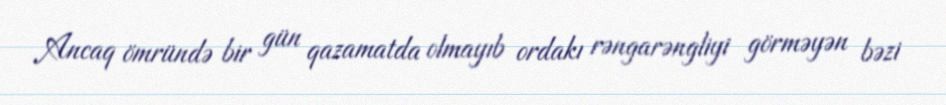
Ancaq ömründə bir gün qazamatda olmayıb ordakı rəngarəngliyi görməyən bəzi